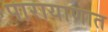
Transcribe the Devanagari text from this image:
पारायाणात